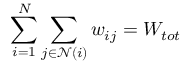
\sum _ { i = 1 } ^ { N } \sum _ { j \in \mathcal { N } ( i ) } w _ { i j } = W _ { t o t }